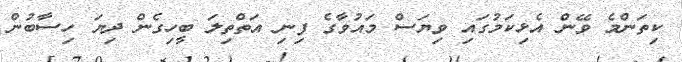
ކިތަންމެ ވޭން އެޅިކަމުގައި ވިޔަސް މައުވާގެ ފިނި އަތްތިލަ ބީހިގެން ދިޔަ ހިސާބުން